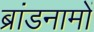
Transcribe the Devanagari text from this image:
ब्रांडनामों